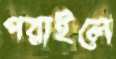
পরাইলে